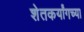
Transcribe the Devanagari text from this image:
शेतकर्यांगच्या